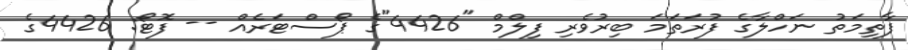
ފާތިމަތު ނަހްލާގެ ފުރަތަމަ ބިރުވެރި ފިލްމް "4426"ގެ ޕޯސްޓަރެއް -- ފޮޓޯ: 4426ގެ